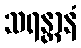
သရန္တာနံ